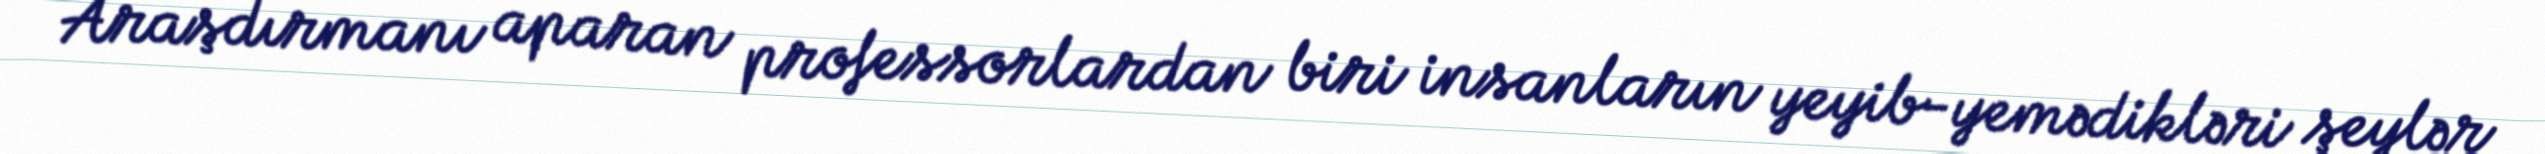
Araşdırmanı aparan professorlardan biri insanların yeyib-yemədikləri şeylər